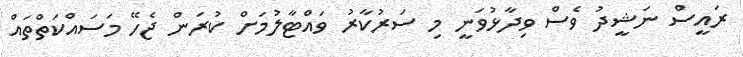
ރައީސް ނަޝީދު ވެސް ވިދާޅުވަނީ މި ސަރުކާރު ވައްޓާލުމަށް ކުރަން ޖެހޭ މަސައްކަތްތައް